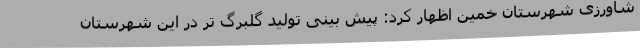
شاورزی شهرستان خمین اظهار کرد: پیش بینی تولید گلبرگ تر در این شهرستان